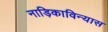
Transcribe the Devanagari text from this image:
नाड़िकाविन्यास